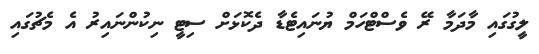
ލީގުގައި މާދަމާ ރޭ ވެސްޓްހަމް ޔުނައިޓެޑާ ދެކޮޅަށް ސިޓީ ނިކުންނައިރު އެ މެޗުގައި